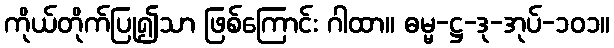
ကိုယ်တိုက်ပြု၍သာ ဖြစ်ကြောင်း ဂါထာ။ ဓမ္မ-ဋ္ဌ-ဒု-အုပ်-၁၀၁။